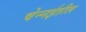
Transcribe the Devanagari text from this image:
चेन्‍नईतील